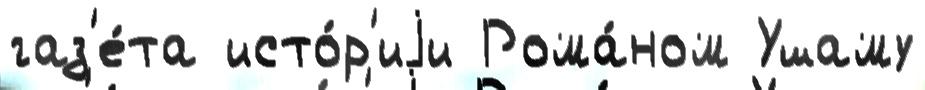
газ'е́та исто́р'иjи Рома́ном Ушаму